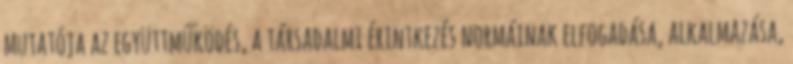
mutatója az együttműködés, a társadalmi érintkezés normáinak elfogadása, alkalmazása,